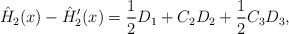
LaTeX: \begin{align*}\hat{H}_2(x) - \hat{H}_2'(x) = \frac{1}{2}D_1 + C_2D_2 + \frac{1}{2}C_3D_3,\end{align*}